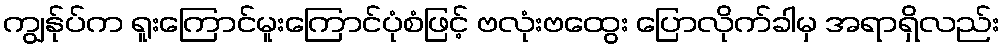
ကျွန်ုပ်က ရူးကြောင်မူးကြောင်ပုံစံဖြင့် ဗလုံးဗထွေး ပြောလိုက်ခါမှ အရာရှိလည်း